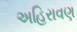
અહિરાવણ